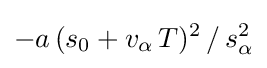
-a\,(s_{0}+v_{\alpha }\,T)^{2}\,/\,s_{\alpha }^{2}